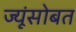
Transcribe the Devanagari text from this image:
ज्यूंसोबत